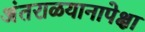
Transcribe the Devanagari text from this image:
अंतराळयानापेक्षा